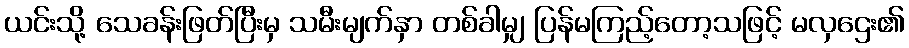
ယင်းသို့ သေခန်းဖြတ်ပြီးမှ သမီးမျက်နှာ တစ်ခါမျှ ပြန်မကြည့်တော့သဖြင့် မလှဌေး၏